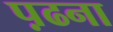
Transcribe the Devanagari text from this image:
प़ढना